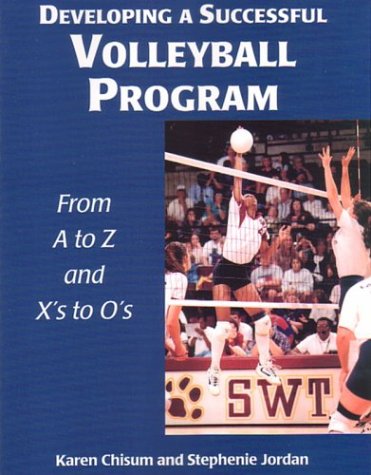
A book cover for Developing a Successful Volleyball Program: From A to Z and from X's to O's (Developing a Successful Program, 2); Karen Chisum; Sports & Outdoors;